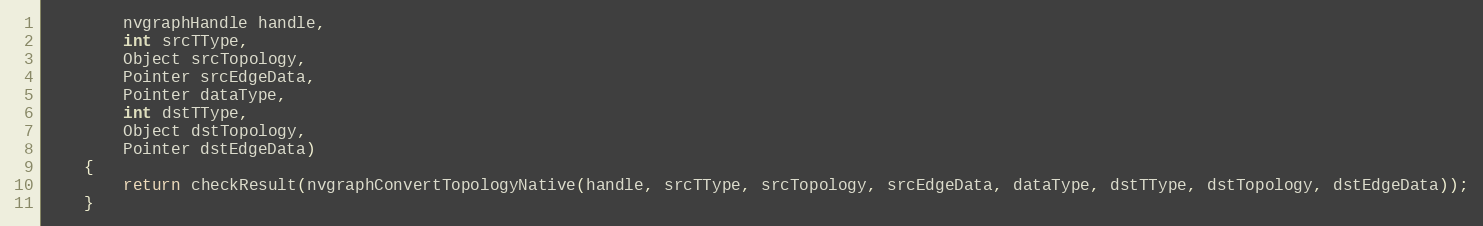
Language: Java
        nvgraphHandle handle,
        int srcTType,
        Object srcTopology,
        Pointer srcEdgeData,
        Pointer dataType,
        int dstTType,
        Object dstTopology,
        Pointer dstEdgeData)
    {
        return checkResult(nvgraphConvertTopologyNative(handle, srcTType, srcTopology, srcEdgeData, dataType, dstTType, dstTopology, dstEdgeData));
    }